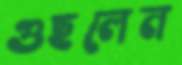
গুছলেন